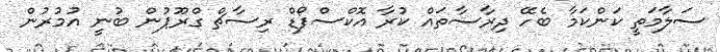
ސަލާމަތީ ކަންކަމާ ބެހޭ ދިރާސާތައް ކުރާ އޮކްސްފޯޑް ރިސާޗް ގްރޫޕުން ބުނީ އުމުރުން